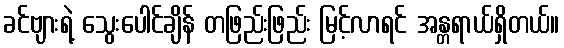
ခင်ဗျားရဲ့ သွေးပေါင်ချိန် တဖြည်းဖြည်း မြင့်လာရင် အန္တရာယ်ရှိတယ်။